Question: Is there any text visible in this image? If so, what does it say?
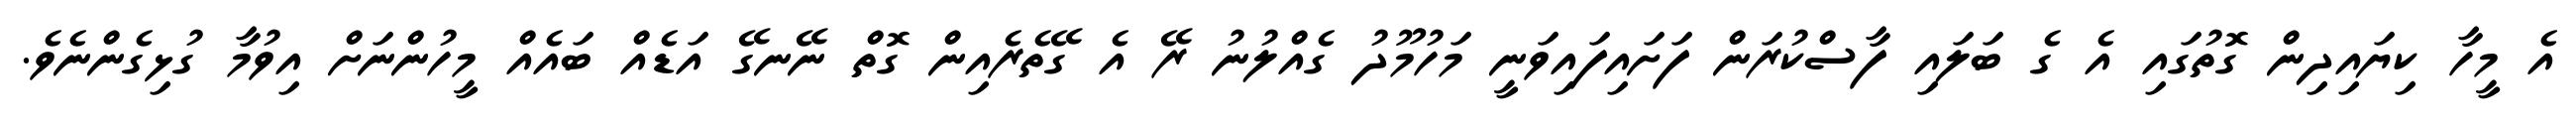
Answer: އެ މީހާ ކިޔައިދިން ގޮތުގައި އެ ގެ ބަލައި ފާސްކުރަން ފަށައިފައިވަނީ މަހުމޫދު ގެއްލުނު ރޭ އެ ގޭތެރެއިން ގޮތް ނޭނގޭ އަޑެއް ބައެއް މީހުންނަށް އިވުމާ ގުޅިގެންނެވެ.